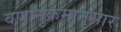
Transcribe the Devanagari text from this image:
वर्णानुक्रमानुसार